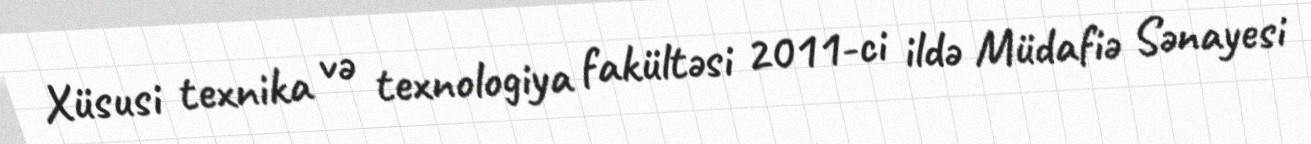
Xüsusi texnika və texnologiya fakültəsi 2011-ci ildə Müdafiə Sənayesi